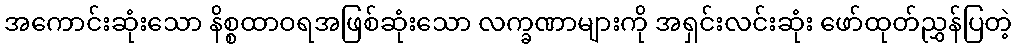
အကောင်းဆုံးသော နိစ္စထာဝရအဖြစ်ဆုံးသော လက္ခဏာများကို အရှင်းလင်းဆုံး ဖော်ထုတ်ညွှန်ပြတဲ့